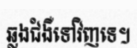
ឆ្លងជំងឺទៅវិញទេ។